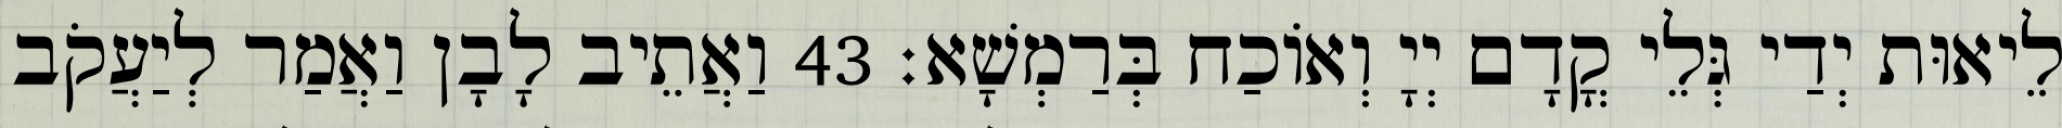
לֵיאוּת יְדַי גְּלֵי קֳדָם יְיָ וְאוֹכַח בְּרַמְשָׁא׃ 43 וַאֲתֵיב לָבָן וַאֲמַר לְיַעֲקֹב